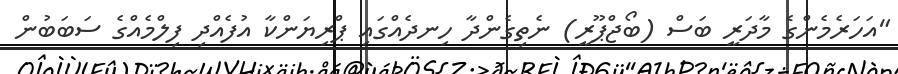
"އަހަރެމެންގެ މާދަރީ ބަސް (ބޯޖްޕޫރީ) ނެތިގެންދާ ހިނދެއްގައި ޕްރިޔަންކާ އުފެއްދި ފިލްމެއްގެ ސަބަބުން